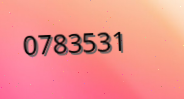
0783531